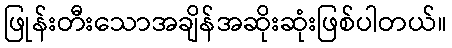
ဖြုန်းတီးသောအချိန်အဆိုးဆုံးဖြစ်ပါတယ်။